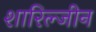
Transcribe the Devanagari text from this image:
शारिल्जीन